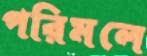
পরিমলে